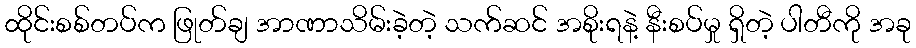
ထိုင်းစစ်တပ်က ဖြုတ်ချ အာဏာသိမ်းခဲ့တဲ့ သက်ဆင် အစိုးရနဲ့ နီးစပ်မှု ရှိတဲ့ ပါတီကို အခု